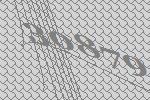
30879